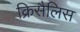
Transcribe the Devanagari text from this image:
क्रिसैलिस